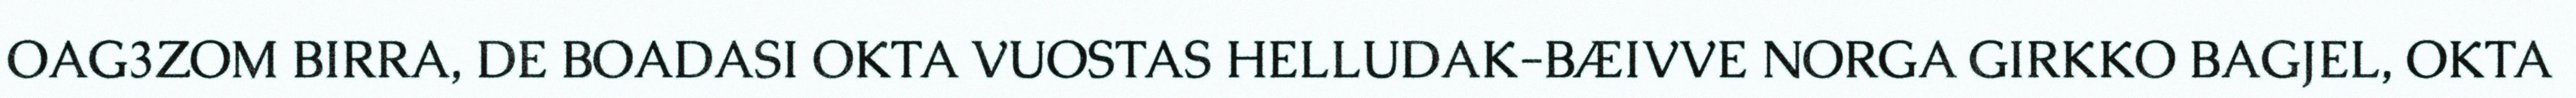
OAG3ZOM BIRRA, DE BOADASI OKTA VUOSTAS HELLUDAK-BÆIVVE NORGA GIRKKO BAGJEL, OKTA